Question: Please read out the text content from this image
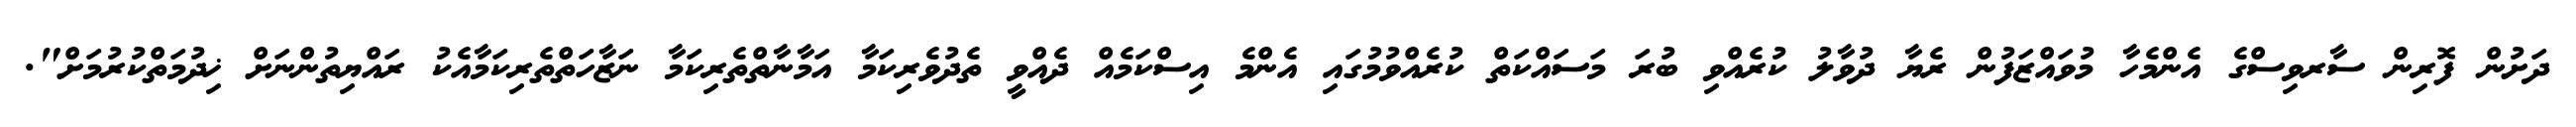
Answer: ދަށުން ފޮރިން ސާރވިސްގެ އެންމެހާ މުވައްޒަފުން ރެޔާ ދުވާލު ކުރެއްވި ބުރަ މަސައްކަތް ކުރެއްވުމުގައި އެންމެ އިސްކަމެއް ދެއްވީ ތެދުވެރިކަމާ އަމާނާތްތެރިކަމާ ނަޒާހަތްތެރިކަމާއެކު ރައްޔިތުންނަށް ޚިދުމަތްކުރުމަށް".